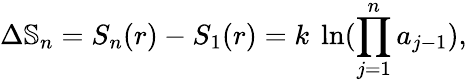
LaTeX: \Delta\mathbb{S}_{n}=S_{n}(r)-S_{1}(r)=k\ \ln({\prod_{j=1}^{n}a_{j-1}}),